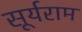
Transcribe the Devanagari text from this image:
सूर्यराम